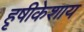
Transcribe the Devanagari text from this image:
हृषीकेशाय